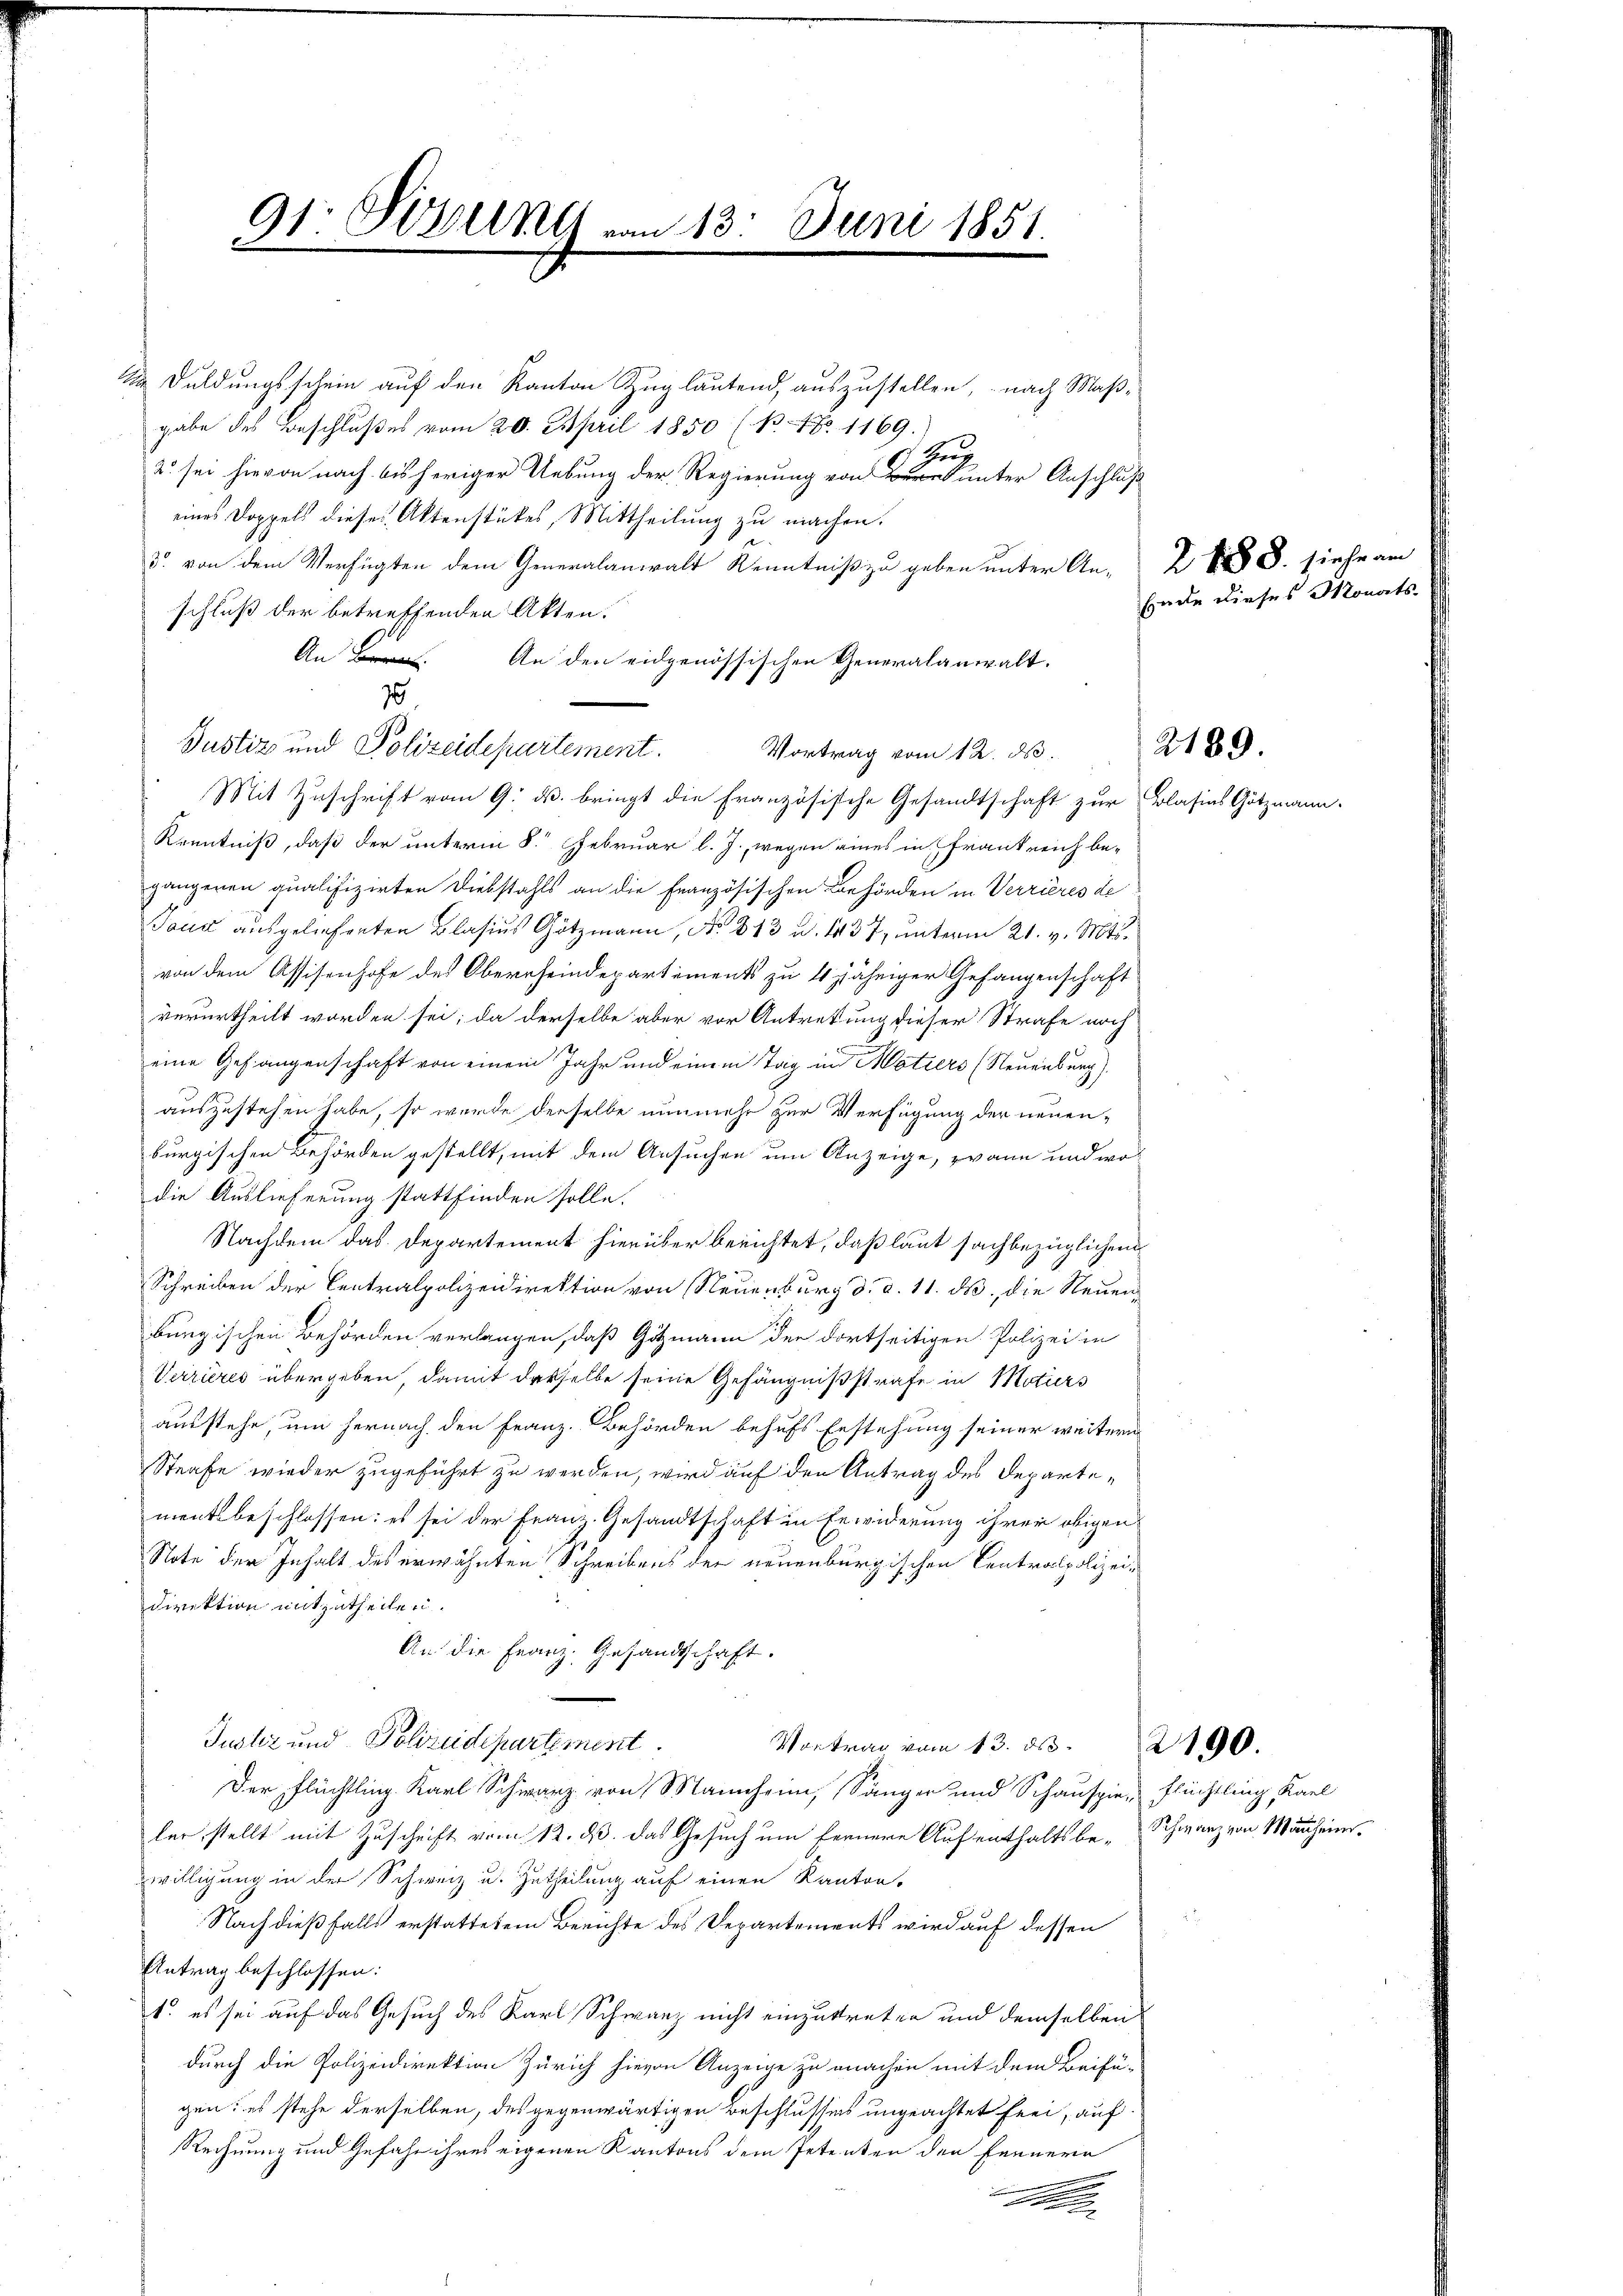
91. Sovuny vom 13. Juni 1851.

Duldungsschein auf den Kanton Zug lautend, auszustellen, nach Maß-
gabe des Beschlußes vom 20. April 1850 (B. No. 1169.
s
2. sei hievon nach bisheriger Uebung der Regierung von unter Anschluß
eines Doppels dieses Aktenstükes, Mittheilung zu machen.
3. von dem Verfügten dem Generalaniralt Kenntniß zu geben unter An- Z V S. siehe am
schluß der betreffenden Akten.
An B. An den eidgenössischen Generalanwalt.
Vortrag vom 12. ds.
Mit Zuschrift vom 9. ds. bringt die Französische Gesandtschaft zur Blasias Gotzen
Kenntniß, daß der unterm 8. Februar l. J., wegen eines in Frankreich be-
gängeren qualifizirten Diebstahls an die Französischen Behörden in Verrieres de
Taud ausgelieferten Blasius Götzmann, No. 313 u. 1437, unterm 21. v. Mts.
von dem Assisenhofe des Oberrheindepartements zu 4 jähriger Gefangenschaft
verurtheilt worden sei; da derselbe aber vor Antretung dieser Strafe noch
eine Gefangenschaft von einem Jahr und einem Tag in Motiers (Neuenburg),
auszustehen habe, so wurde derselbe nunmehr zur Verfügung der neuen-
burgischen Behörden gestellt, mit dem Ansuchen um Anzeige, zwann und wo
die Auslieferung stattfinden solle.
Nachdem das Departement hierüber berichtet, daß laut sachbezüglichen
Schreiben der Centralpolizeidirektion von Neuenburg d. d. 11. ds., die Neuen
burgischen Behörden verlangen, daß Gitzmann der dortseitigen Polizei in
Verrieres übergeben, damit derselbe seine Gefängnißstrafe in Maiers
ausstehe, um hernach den Franz. Behörden behufs Erstehung seiner weitern
Strafe wieder zugeführt zu werden, wird auf den Antrag des Departementsbeschlossen: es sei der Franz Gesandtschaft in Erwiderung ihrer obigen
Note der Inhalt des erwähnten Schreibens der neuenburgischen Centralpolizeidirektion mitzutheilen.
An die Franz. Gesandtschaft.
Justiz und Polizeidepartement
Vortrag vom 13. ds. 2100.
Der Flüchtling Karl Schwarz von Mannhri, Sänger und Schauspie, Flüchtling, Karl
ler stellt mit Zuschrift vom 12. ds. das Gesuch um fernere Aufenthaltsbe-Schwarz von Manheim.
willigung in der Schweiz u. Zutheilung auf einen Kanton,
Nach dießfalls erstattetem Berichte des Departements wird auf dessen
Antrag beschlossen:
1. es sei auf das Gesuch des Karl Schwarz nicht einzutreten und demselben
durch die Polizeidirektion Zürich hievon Anzeige zu machen mit dem Beifü-
gen: es stehe derselben, des gegenwärtigen Beschlusses ungeachtet frei, auf
Rechnung und Gefahr ihres eigenen Kantons dem Petenten den Fennern
Mon

1
Justiz und Polizeidepartement.

Ende dieses Monat

2189.

den